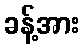
ခန့်အား